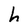
Character: h